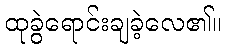
ထုခွဲရောင်းချခဲ့လေ၏။